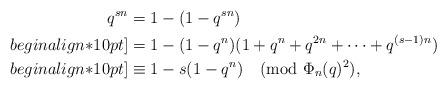
LaTeX: \begin{align*}q^{sn}&=1-(1-q^{sn})\\begin{align*}10pt]&=1-(1-q^n)(1+q^n+q^{2n}+\cdots+q^{(s-1)n})\\begin{align*}10pt]&\equiv 1-s(1-q^n)\pmod{\Phi_n(q)^2},\end{align*}